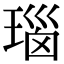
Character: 瑙